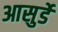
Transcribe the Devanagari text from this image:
आसुर्डे